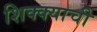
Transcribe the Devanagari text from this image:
शिक्क्याची